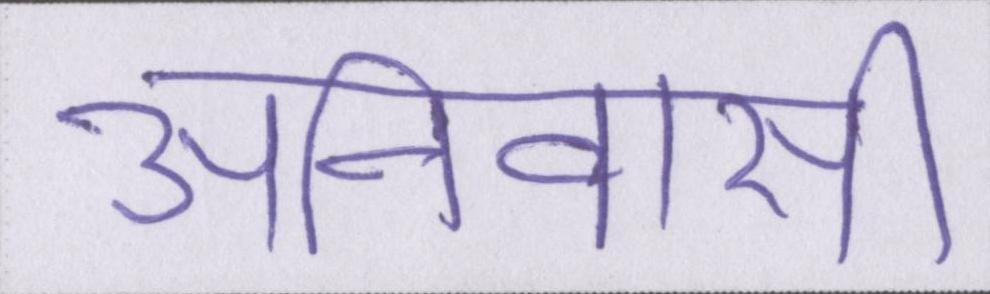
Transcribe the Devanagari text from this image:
अनिवासी